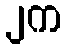
၂က